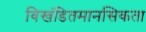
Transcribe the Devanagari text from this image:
विखंडितमानसिकता